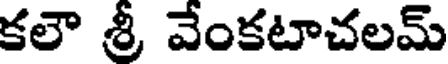
కలౌ శ్రీ వేంకటాచలమ్